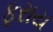
ફરાય